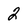
Character: 2